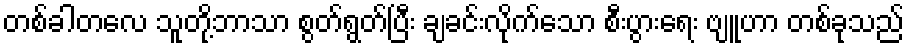
တစ်ခါတလေ သူတို့ဘာသာ စွတ်ရွတ်ပြီး ချခင်းလိုက်သော စီးပွားရေး ဗျူဟာ တစ်ခုသည်